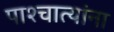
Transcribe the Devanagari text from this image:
पाश्चात्यांना